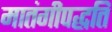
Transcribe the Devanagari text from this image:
मातंगीपद्धति